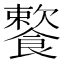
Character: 𩞌